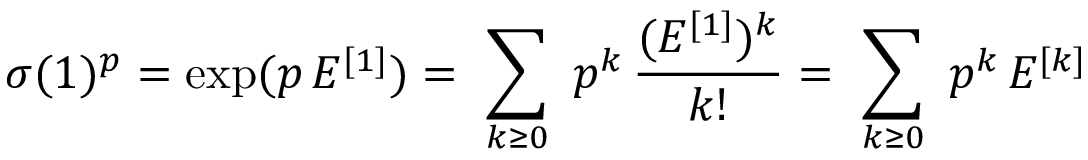
\sigma ( 1 ) ^ { p } = \exp ( p \, E ^ { [ 1 ] } ) = \ \sum _ { k \ge 0 } \ p ^ { k } \, { \frac { ( E ^ { [ 1 ] } ) ^ { k } } { k ! } } = \ \sum _ { k \ge 0 } \ p ^ { k } \, E ^ { [ k ] }